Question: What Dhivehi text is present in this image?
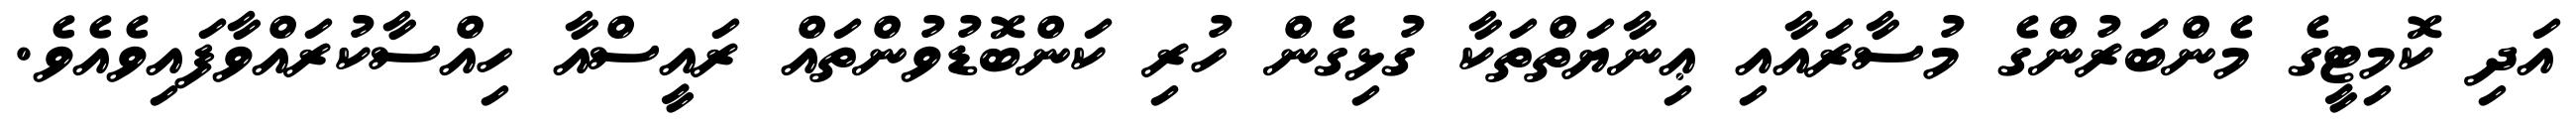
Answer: އަދި ކޮމިޓީގެ މެންބަރުންގެ މުސާރައާއި ޢިނާޔަތްތަކާ ގުޅިގެން ހުރި ކަންބޮޑުވުންތައް ރައީސްއާ ހިއްސާކުރައްވާފައިވެއެވެ.